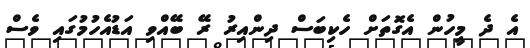
އެ ދެ މީހުން އެގޮތަށް ހެކިބަސް ދިންއިރު ރޭ ބޭއްވި އަޑުއެހުމުގައި ވެސް